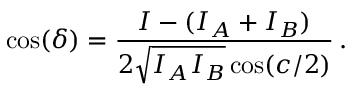
\cos ( \delta ) = \frac { I - ( I _ { A } + I _ { B } ) } { 2 \sqrt { I _ { A } I _ { B } } \cos ( c / 2 ) } \, .